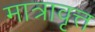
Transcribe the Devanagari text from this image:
मात्रावृत्त